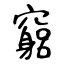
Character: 竆